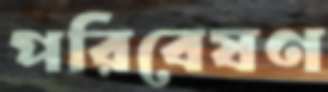
পরিবেষণ